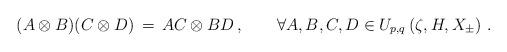
LaTeX: \begin{align*}(A \otimes B)(C \otimes D)\,=\,AC \otimes BD\,, \qquad\forall A,B,C,D \in U_{p,q}\left( \zeta , H,X_\pm \right)\,.\end{align*}